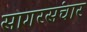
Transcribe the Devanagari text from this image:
सागरसंचार